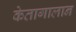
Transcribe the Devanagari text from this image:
केतागालान